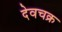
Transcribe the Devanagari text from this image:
देवचक्र